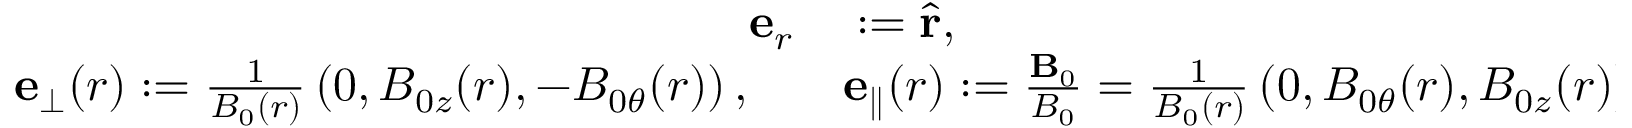
\begin{array} { r } { \begin{array} { r l } { \mathbf { e } _ { r } } & { { } : = \hat { \mathbf { r } } , } \\ { \mathbf { e } _ { \perp } ( r ) : = \frac { 1 } { B _ { 0 } ( r ) } \left( 0 , B _ { 0 z } ( r ) , - B _ { 0 \theta } ( r ) \right) , \quad } & { { } \mathbf { e } _ { \parallel } ( r ) : = \frac { \mathbf { B } _ { 0 } } { B _ { 0 } } = \frac { 1 } { B _ { 0 } ( r ) } \left( 0 , B _ { 0 \theta } ( r ) , B _ { 0 z } ( r ) \right) , } \end{array} } \end{array}